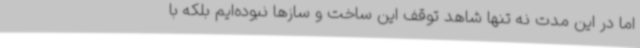
اما در این مدت نه تنها شاهد توقف این ساخت و سازها نبوده‌ایم بلکه با